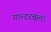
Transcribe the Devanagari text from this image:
गान्दरबल।